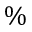
\%